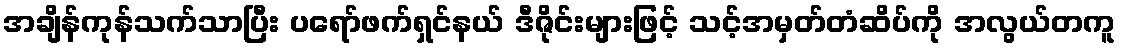
အချိန်ကုန်သက်သာပြီး ပရော်ဖက်ရှင်နယ် ဒီဇိုင်းများဖြင့် သင့်အမှတ်တံဆိပ်ကို အလွယ်တကူ